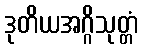
ဒုတိယအဂ္ဂိသုတ္တံ